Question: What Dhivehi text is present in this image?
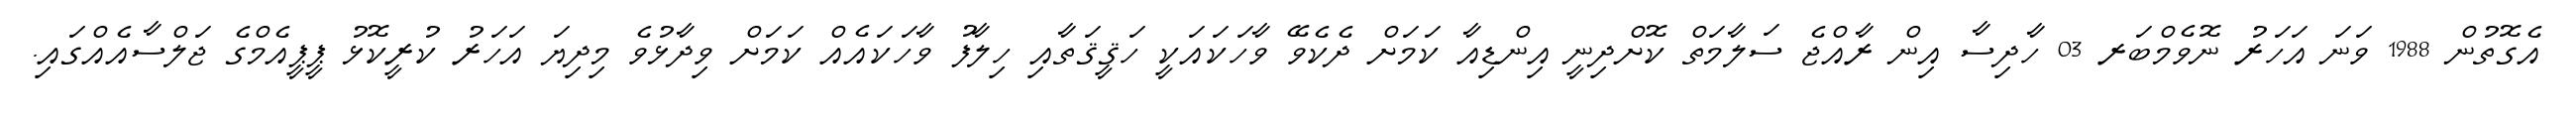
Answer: އެގޮތުން 1988 ވަނަ އަހަރު ނޮވެމްބަރ 03 ހާދިސާ އިން ރާއްޖެ ސަލާމަތް ކޮށްދިނީ އިންޑިއާ ކަމަށް ދެކެވޭ ވާހަކައަކީ ހަޤީޤަތާއި ހިލާފު ވާހަކައެއް ކަމަށް ވިދާޅުވެ މިދިޔަ އަހަރު ކުރީކޮޅު ޕީޕީއެމްގެ ޖަލްސާއެއްގައި.